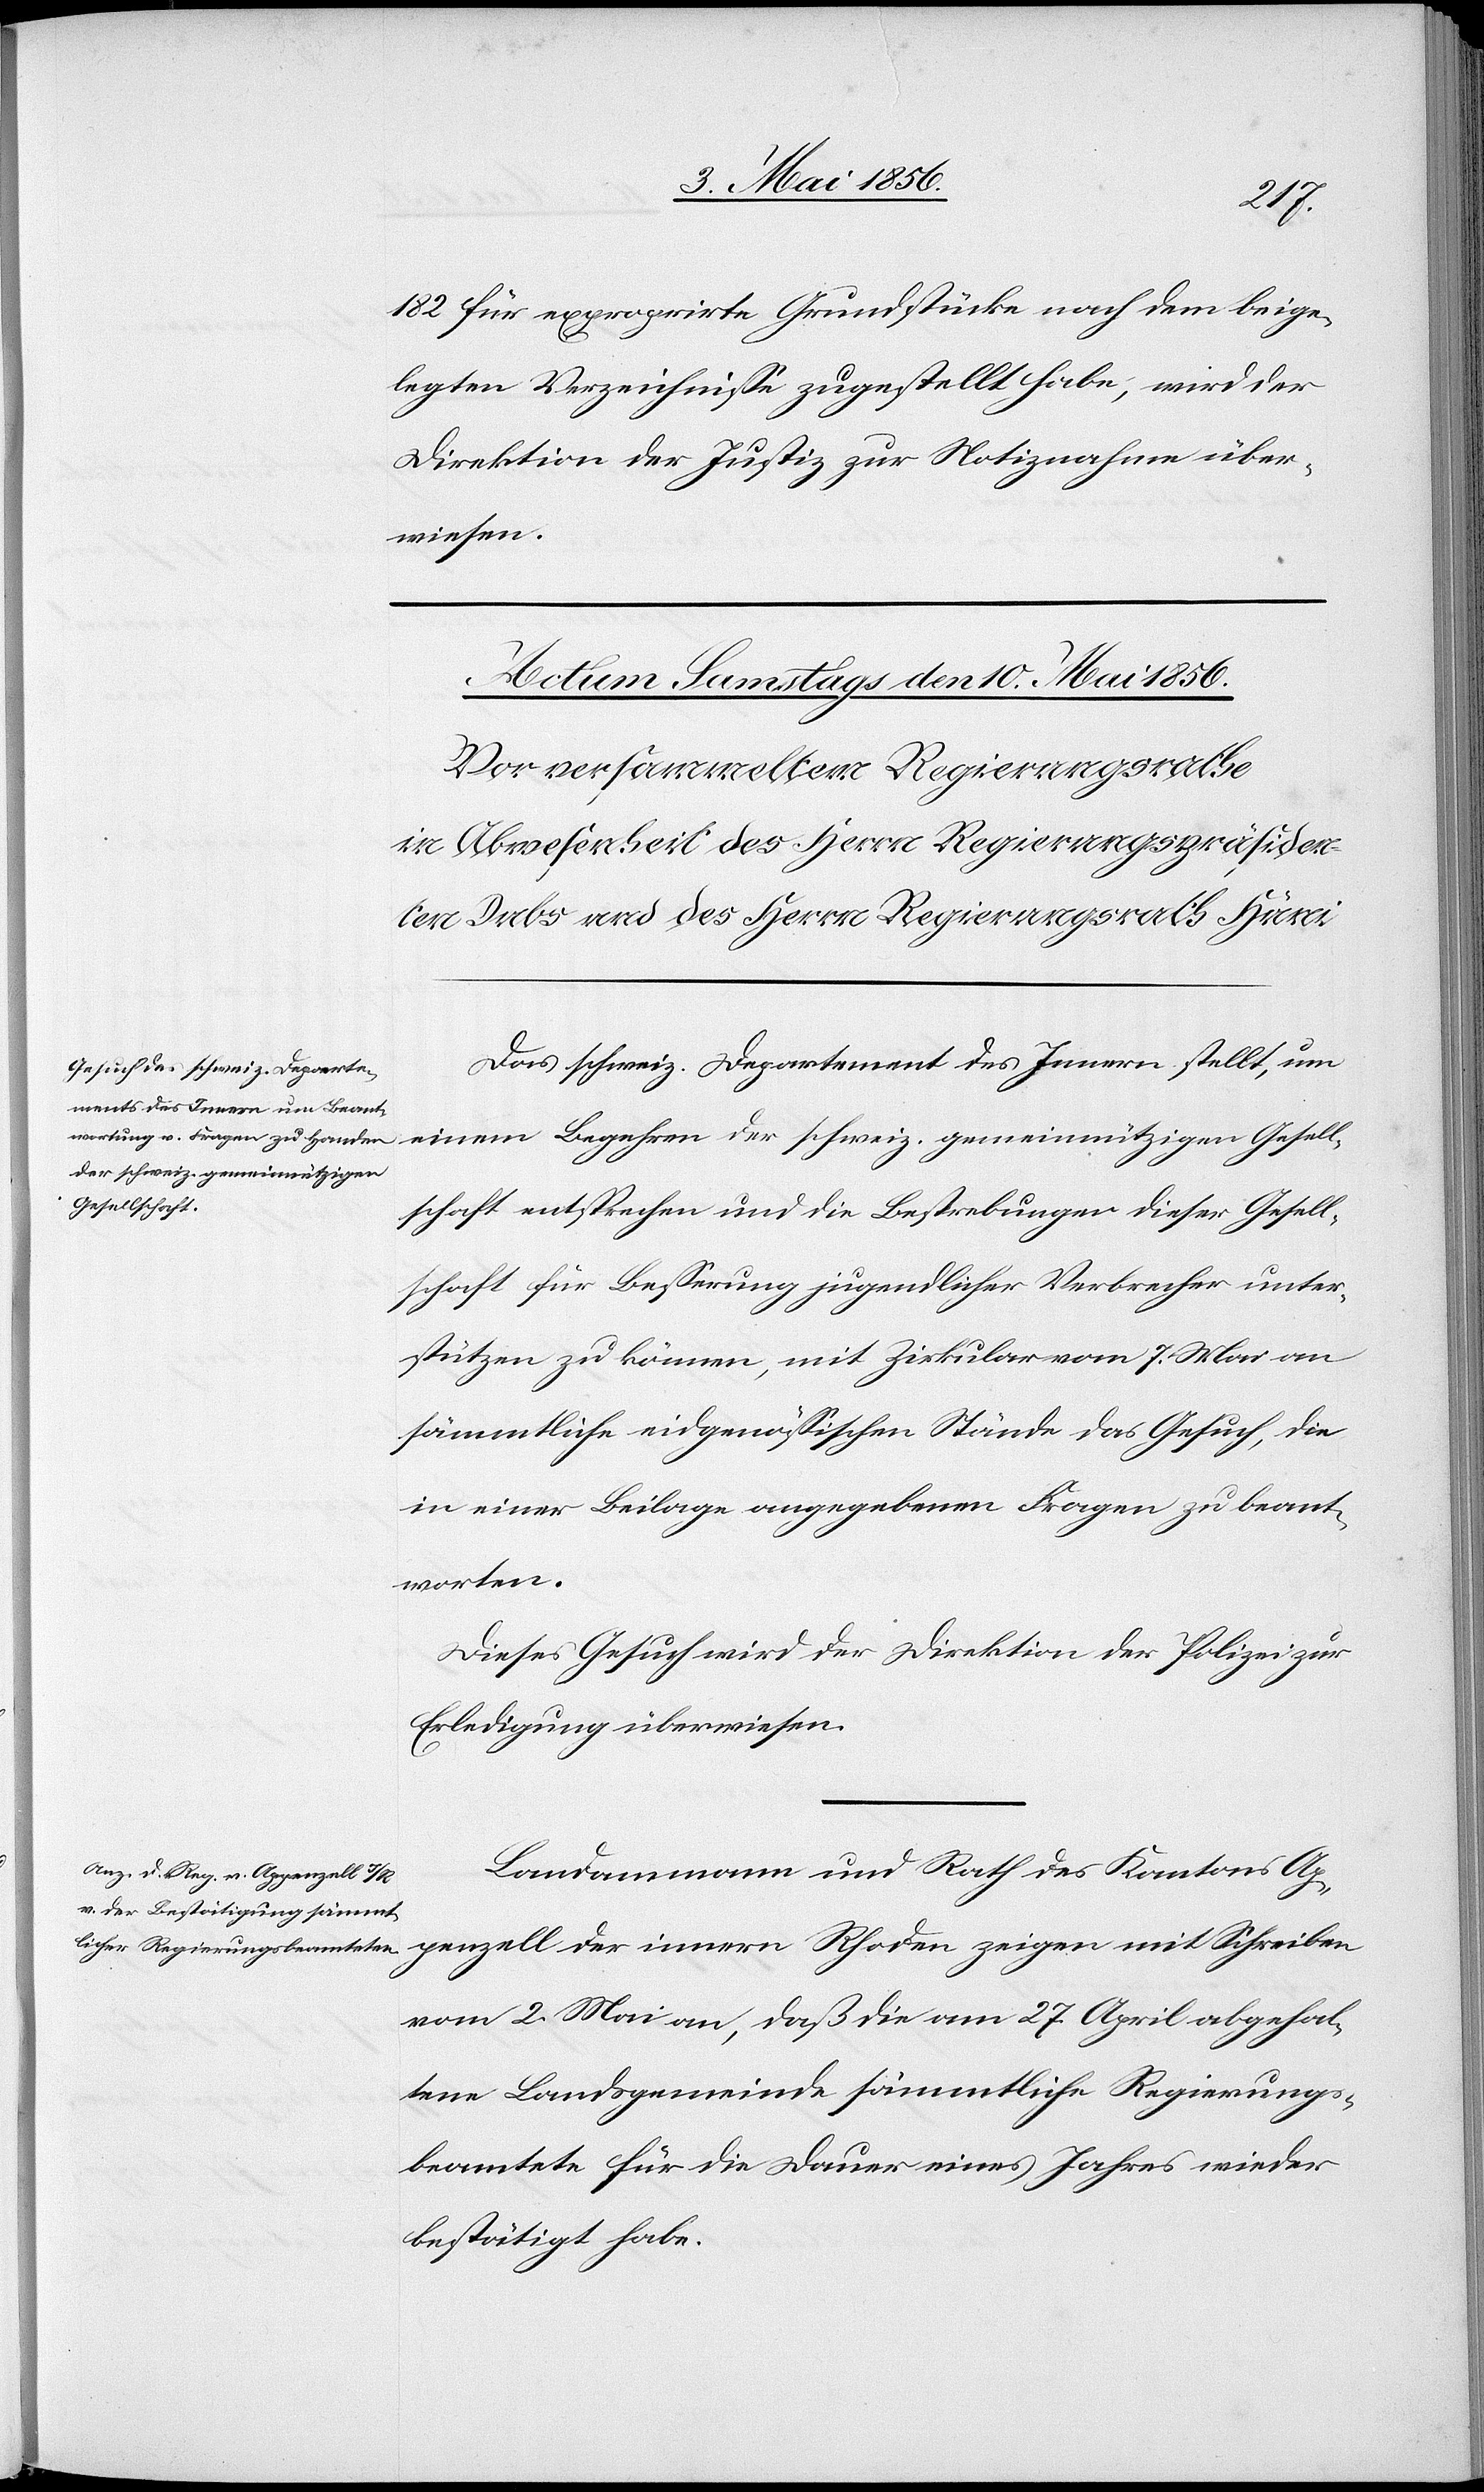
Gesell¬
182 für exproprirte Grundstücke nach dem beige¬
legten Verzeichnisse zugestellt habe, wird der
Direktion der Justiz zur Notiznahme über¬
wiesen.
Das schweiz. Departement des Innern stellt, um
der schweiz. gemeinnützigen
schaft entsprechen und die Bestrebungen dieser Gesell¬
schaft für Besserung jugendlicher Verbrecher unter¬
stützen zu können, mit Zirkular vom 7. Mai an
sämmtliche eidgenössischen Stände das Gesuch, die
in einer Beilage angegebenen Fragen zu beant¬
worten.
Dieses Gesuch wird der Direktion der Polizei zur
Erledigung überwiesen.
Landammann und Rath des Kantons Ap¬
penzell der innern Rhoden zeigen mit Schreiben
vom 2. Mai an, daß die am 27. April abgehal¬
tene Landsgemeinde sämmtliche Regierungs¬
beamtete für die Dauer eines Jahres wieder
bestätigt habe.